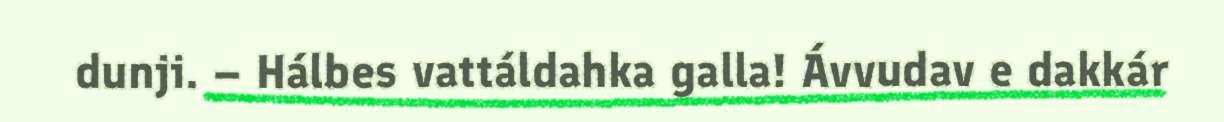
dunji. – Hálbes vattáldahka galla! Ávvudav e dakkár